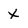
Character: X